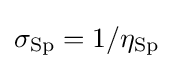
\sigma _{\rm {Sp}}=1/\eta _{\rm {Sp}}